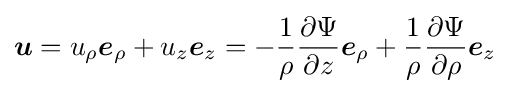
{\boldsymbol {u}}=u_{\rho }{\boldsymbol {e}}_{\rho }+u_{z}{\boldsymbol {e}}_{z}=-{1 \over \rho }{\partial \Psi  \over \partial z}{\boldsymbol {e}}_{\rho }+{1 \over \rho }{\partial \Psi  \over \partial \rho }{\boldsymbol {e}}_{z}